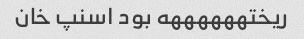
ریختههههههه بود اسنپ خان